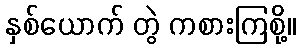
နှစ်ယောက် တွဲ ကစားကြစို့။